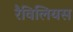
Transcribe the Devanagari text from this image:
रैविलियस